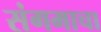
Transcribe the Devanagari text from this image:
संगमाचा